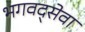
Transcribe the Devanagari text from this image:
भगवद्सेवा